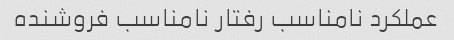
عملکرد نامناسب رفتار نامناسب فروشنده